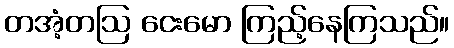
တအံ့တဩ ငေးမော ကြည့်နေကြသည်။